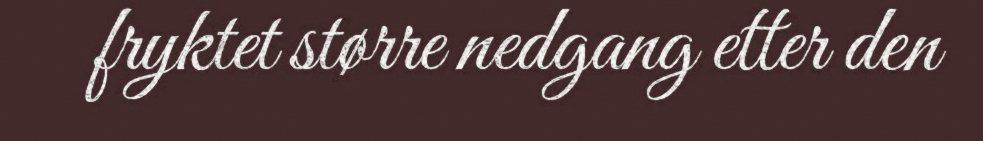
fryktet større nedgang etter den